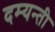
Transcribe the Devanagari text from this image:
दम्यन्ती